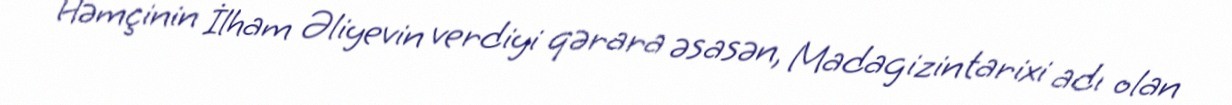
Həmçinin İlham Əliyevin verdiyi qərara əsasən, Madagizin tarixi adı olan